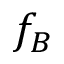
f _ { B }